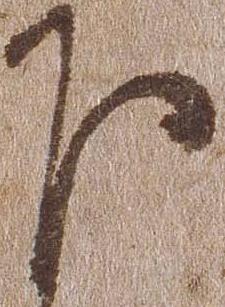
下